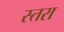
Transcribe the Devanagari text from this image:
स्तरा